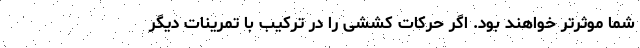
شما موثرتر خواهند بود. اگر حرکات کششی را در ترکیب با تمرینات دیگر